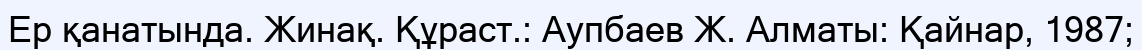
Ер қанатында. Жинақ. Құраст.: Аупбаев Ж. Алматы: Қайнар, 1987;